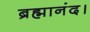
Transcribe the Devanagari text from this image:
ब्रह्मानंद।